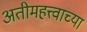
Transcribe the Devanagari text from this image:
अतीमहत्त्वाच्या